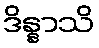
ဒိန္နာသိ